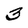
Character: 3